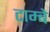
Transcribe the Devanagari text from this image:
टाम्बे